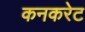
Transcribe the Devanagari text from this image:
कनकरेट